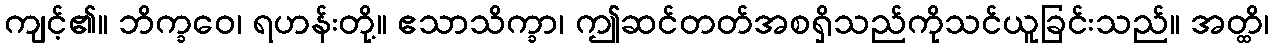
ကျင့်၏။ ဘိက္ခဝေ၊ ရဟန်းတို့။ ဧသာသိက္ခာ၊ ဤဆင်တတ်အစရှိသည်ကိုသင်ယူခြင်းသည်။ အတ္ထိ၊